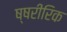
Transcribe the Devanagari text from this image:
ष्षरीरिक